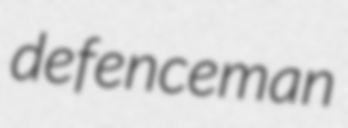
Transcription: defenceman